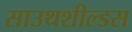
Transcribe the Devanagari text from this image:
साउथशील्डस